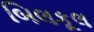
બિલકૂલ